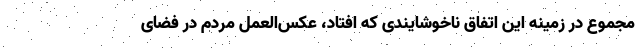
مجموع در زمینه این اتفاق ناخوشایندی که افتاد، عکس‌العمل مردم در فضای